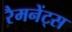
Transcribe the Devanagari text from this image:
रैमनेंट्स